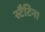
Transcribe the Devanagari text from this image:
स्टैटिन।